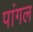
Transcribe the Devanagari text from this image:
पांगल